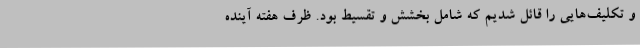
و تکلیف‌هایی را قائل شدیم که شامل بخشش و تقسیط بود. ظرف هفته آینده